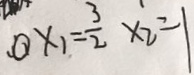
\textcircled { 1 } x _ { 1 } = \frac { 3 } { 2 } x _ { 2 } = 1